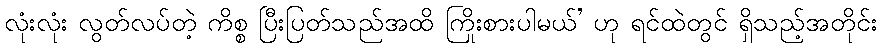
လုံးလုံး လွတ်လပ်တဲ့ ကိစ္စ ပြီးပြတ်သည်အထိ ကြိုးစားပါမယ်’ ဟု ရင်ထဲတွင် ရှိသည့်အတိုင်း